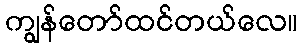
ကျွန်တော်ထင်တယ်လေ။